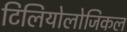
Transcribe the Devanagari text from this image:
टिलियोलोजिकल